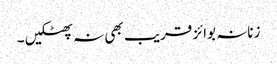
زنانہ بوائز قریب بھی نہ پھٹکیں ۔